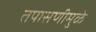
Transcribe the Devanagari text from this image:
तपासणीमुळे